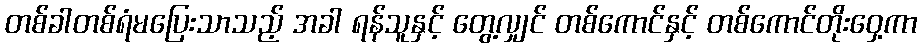
တစ်ခါတစ်ရံမပြေးသာသည့် အခါ ရန်သူနှင့် တွေ့လျှင် တစ်ကောင်နှင့် တစ်ကောင်တိုးဝှေ့ကာ